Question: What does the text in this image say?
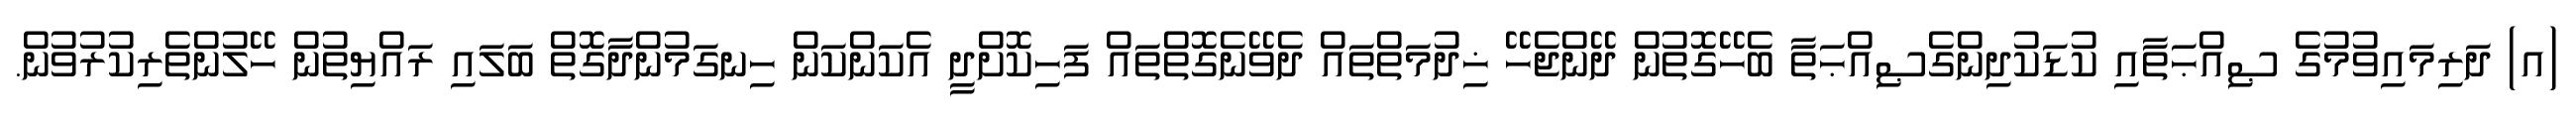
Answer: (އ) ދަރިމައިވުމުގެ ޞިއްޙަތާއި ކުޑަކުދިންގެޞިއްޙަތާ ބެހޭގޮތުން ދޭންޖެހޭ ޚިދުމަތްތައް ދެވޭނެގޮތްތައް ފަހިކޮށްދީ އެކަންކަން ހިނގަމުންދާގޮތް ބަލައި ރައްޔިތުން ހޭލުންތެރިކުރުވުން.